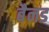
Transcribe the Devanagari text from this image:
बैनड